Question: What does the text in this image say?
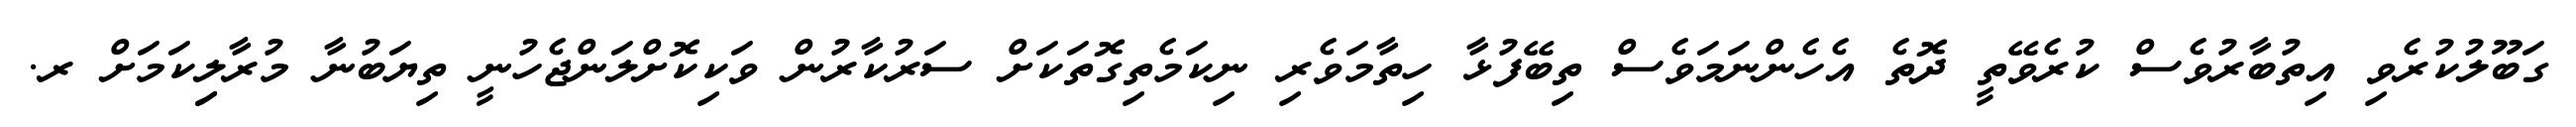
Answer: ގަބޫލުކުރެވި އިތުބާރުވެސް ކުރެވޭތީ ދޮތެ އެހެންނަމަވެސް ތިބޭފުޅާ ހިތާމަވެރި ނިކަމެތިގޮތަކަށް ސަރުކާރުން ވަކިކޮށްލަންޖެހުނީ ތިޔަބުނާ މުރާލިިކަމަށް ރ.